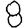
Digit: 8